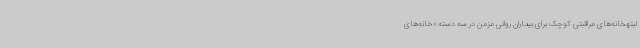
لبتهخانه‌های مراقبتی کوچک برای بیماران روانی مزمن در سه دسته «خانه‌های